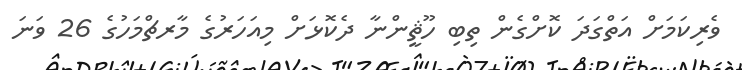
ވެރިކަމަށް އަތްގަދަ ކޮށްގެން ތިބި ހޫޘީންނާ ދެކޮޅަށް މިއަހަރުގެ މާރޗްމަހުގެ 26 ވަނަ